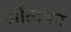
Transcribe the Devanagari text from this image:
अत्विका